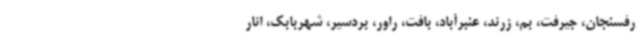
رفسنجان، جیرفت، بم، زرند، عنبرآباد، بافت، راور، بردسیر، شهربابک، انار